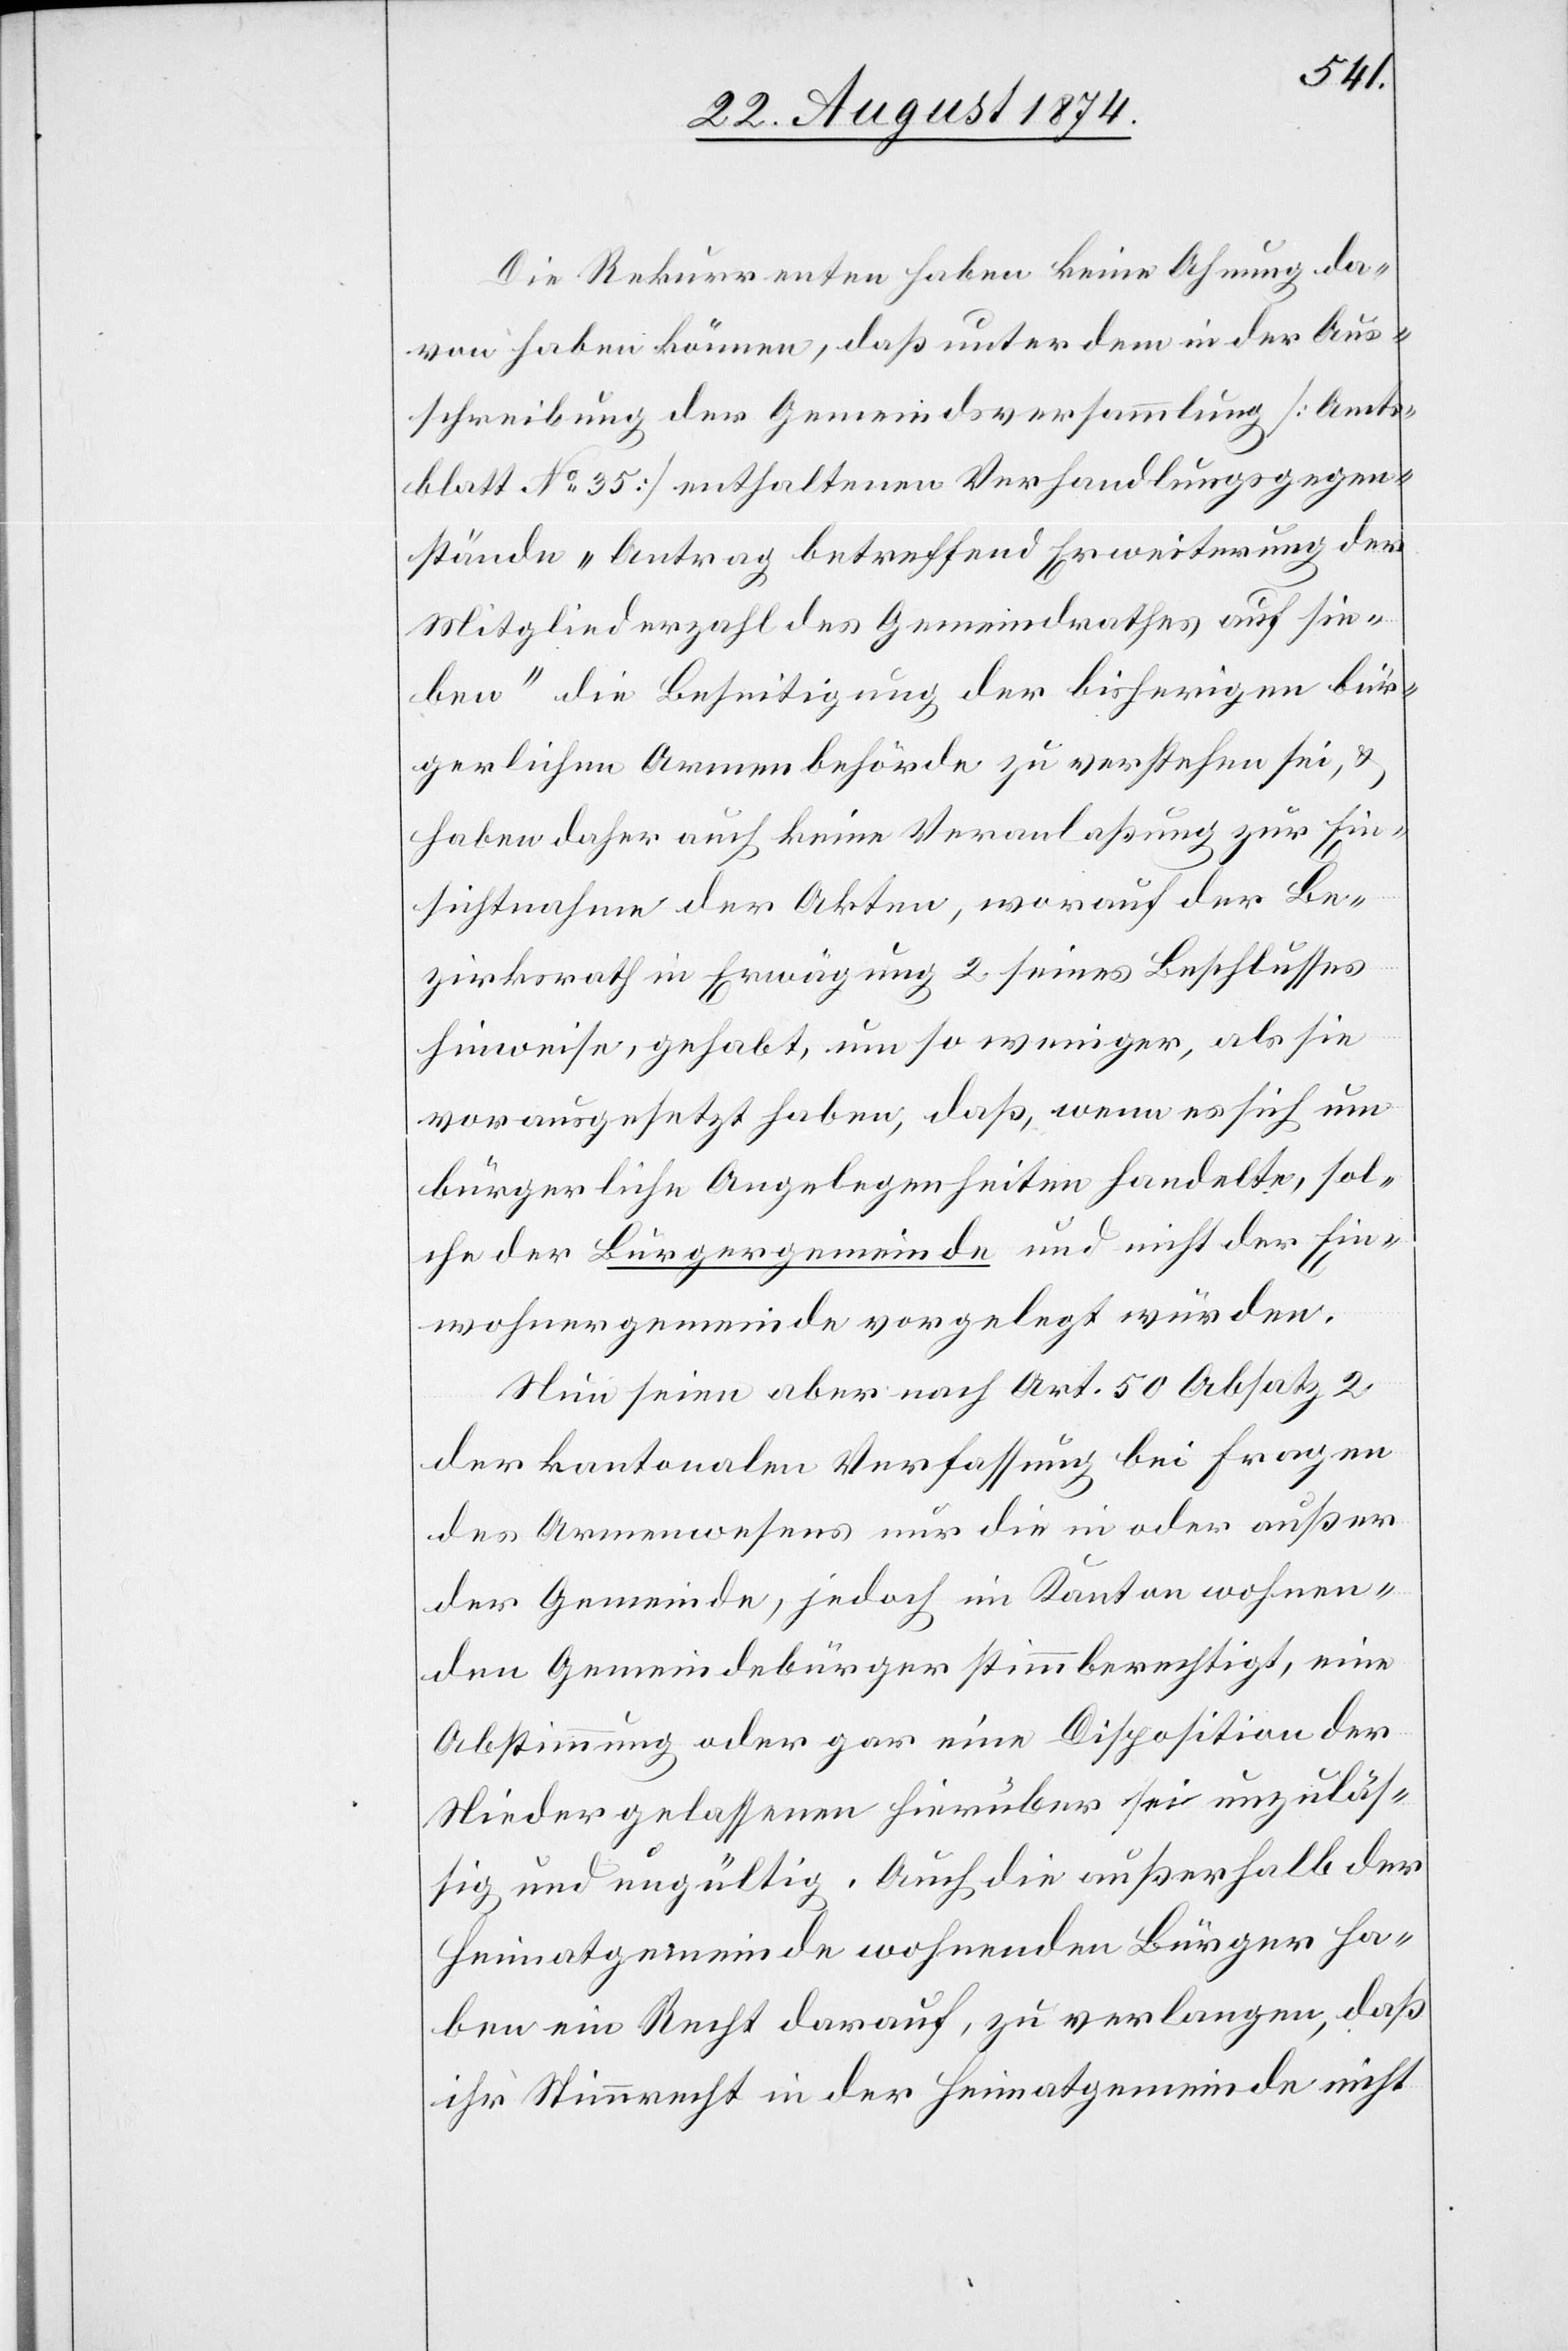
Die Rekurrenten haben keine Ahnung da¬
von haben können, daß unter dem in der Aus¬
schreibung der Gemeindsversammlung [Amts¬
blatt No 35] enthaltenen Verhandlungsgegen¬
stände „Antrag betreffend Erweiterung der
Mitgliederzahl des Gemeindrathes auf sie¬
ben“ die Beseitigung der bisherigen bür¬
gerlichen Armenbehörde zu verstehen sei, u.
haben daher auch keine Veranlaßung zur Ein¬
sichtnahme der Akten, worauf der Be¬
zirksrath in Erwägung 2 seines Beschlusses
hinweise, gehabt, um so weniger, als sie
vorausgesetzt haben, daß, wenn es sich um
bürgerliche Angelegenheiten handelte, sol¬
che der Bürgergemeinde und nicht der Ein¬
wohnergemeinde vorgelegt würden.
Nun seien aber nach Art. 50 Absatz 2
der kantonalen Verfassung bei Fragen
des Armenwesens nur die in oder außer
der Gemeinde, jedoch im Kanton wohnen¬
den Gemeindebürger stimmberechtigt, eine
Abstimmung oder gar eine Disposition der
Niedergelassenen hierüber sei unzuläs¬
sig und ungültig. Auch die außerhalb der
Heimatgemeinde wohnenden Bürger ha¬
ben ein Recht darauf, zu verlangen, daß
ihr Stimmrecht in der Heimatgemeinde nicht